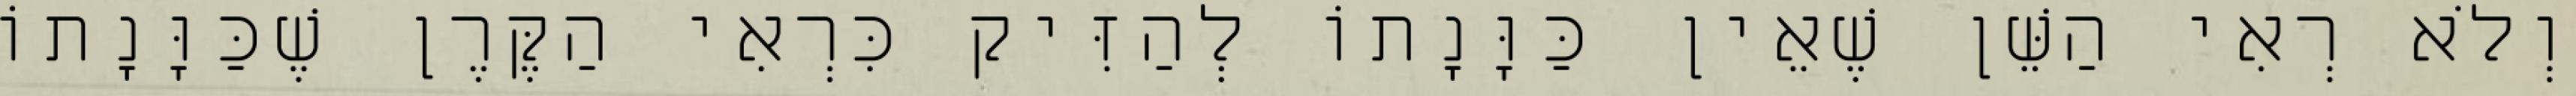
וְלֹא רְאִי הַשֵּׁן שֶׁאֵין כַּוָּנָתוֹ לְהַזִּיק כִּרְאִי הַקֶּרֶן שֶׁכַּוָּנָתוֹ